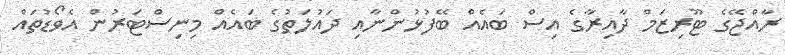
ރާއްޖޭގެ ޓޫރިޒަމް ދާއިރާގެ އިސް ބައެއް ބޭފުޅުންނާއި ދައުލަތުގެ ބައެއް މިނިސްޓަރުން އެވޯޑުތައް